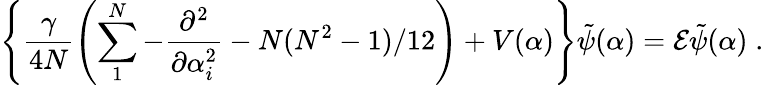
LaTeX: \left\{ \frac{\gamma}{4N}\left(\sum_{1}^{N}-\frac{\partial^{2}}{\partial\alpha_{i}^{2}}-N(N^{2}-1)/12\right)+V(\alpha)\right\} \tilde{\psi}(\alpha)={\cal E}\tilde{\psi}(\alpha)\; .